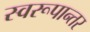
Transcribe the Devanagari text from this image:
स्वरूपान्तर